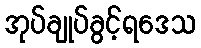
အုပ်ချုပ်ခွင့်ရဒေသ